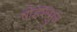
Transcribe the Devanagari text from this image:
षोडशभुज